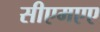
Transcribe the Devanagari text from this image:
सीएमएए